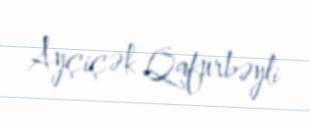
Ayçiçək Qafurbəyli